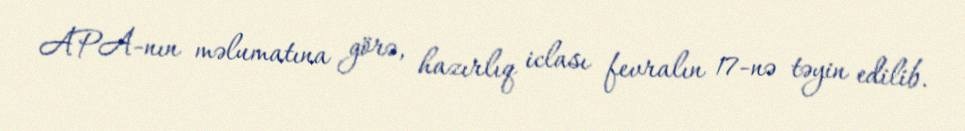
APA-nın məlumatına görə, hazırlıq iclası fevralın 17-nə təyin edilib.